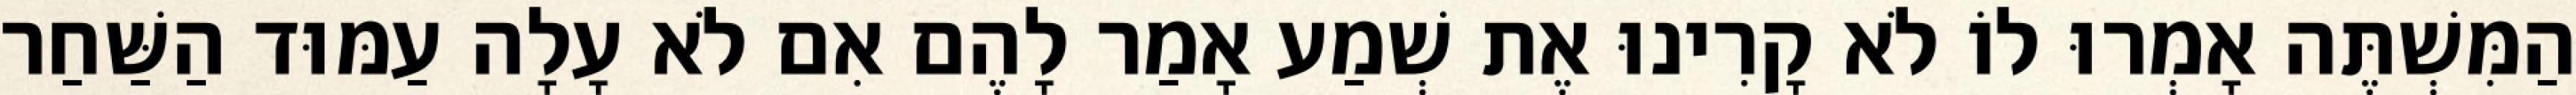
הַמִּשְׁתֶּה אָמְרוּ לוֹ לֹא קָרִינוּ אֶת שְׁמַע אָמַר לָהֶם אִם לֹא עָלָה עַמּוּד הַשַּׁחַר